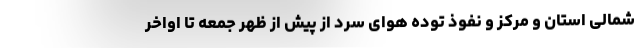
شمالی استان و مرکز و نفوذ توده هوای سرد از پیش از ظهر جمعه تا اواخر